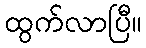
ထွက်လာပြီ။